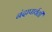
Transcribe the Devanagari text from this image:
नंदापार्वती